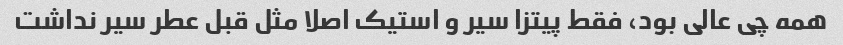
همه چی عالی بود، فقط پیتزا سیر و استیک اصلا مثل قبل عطر سیر نداشت